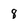
Character: 8